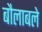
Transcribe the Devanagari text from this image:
बौलाबले